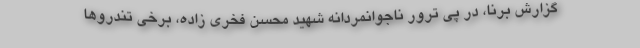
گزارش برنا، در پی ترور ناجوانمردانه شهید محسن فخری زاده، برخی تندروها